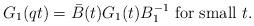
LaTeX: \begin{align*}G_1(qt)=\bar B(t)G_1(t)B_1^{-1}\mbox{ for small }t.\end{align*}